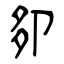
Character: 卶